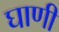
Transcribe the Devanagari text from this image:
घाणी